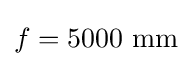
f=5000{\text{ mm}}